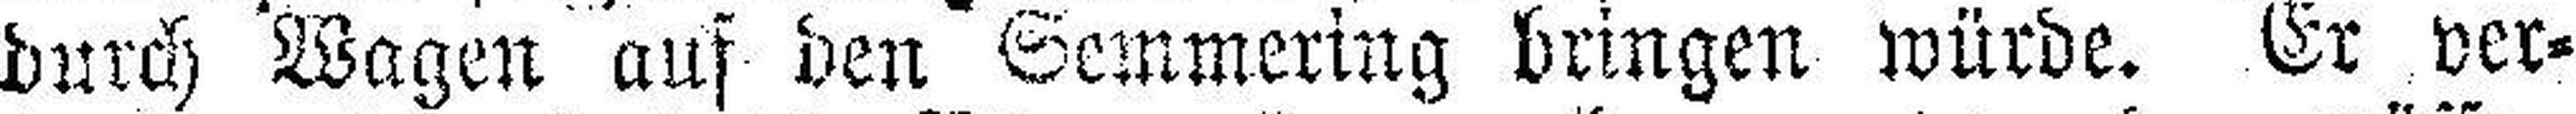
durch Wagen ans den Semmering bringen würde. Er ver¬